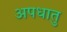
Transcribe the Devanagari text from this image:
अपधातु